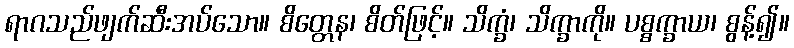
ရာဂသည်ဖျက်ဆီးအပ်သော။ စိတ္တေန၊ စိတ်ဖြင့်။ သိက္ခံ၊ သိက္ခာကို။ ပစ္စက္ခာယ၊ စွန့်၍။